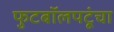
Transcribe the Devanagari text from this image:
फुटबॉलपटूंचा